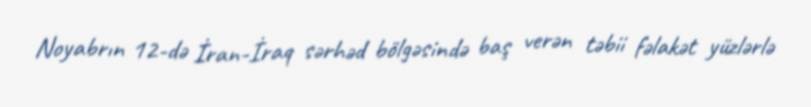
Noyabrın 12-də İran-İraq sərhəd bölgəsində baş verən təbii fəlakət yüzlərlə